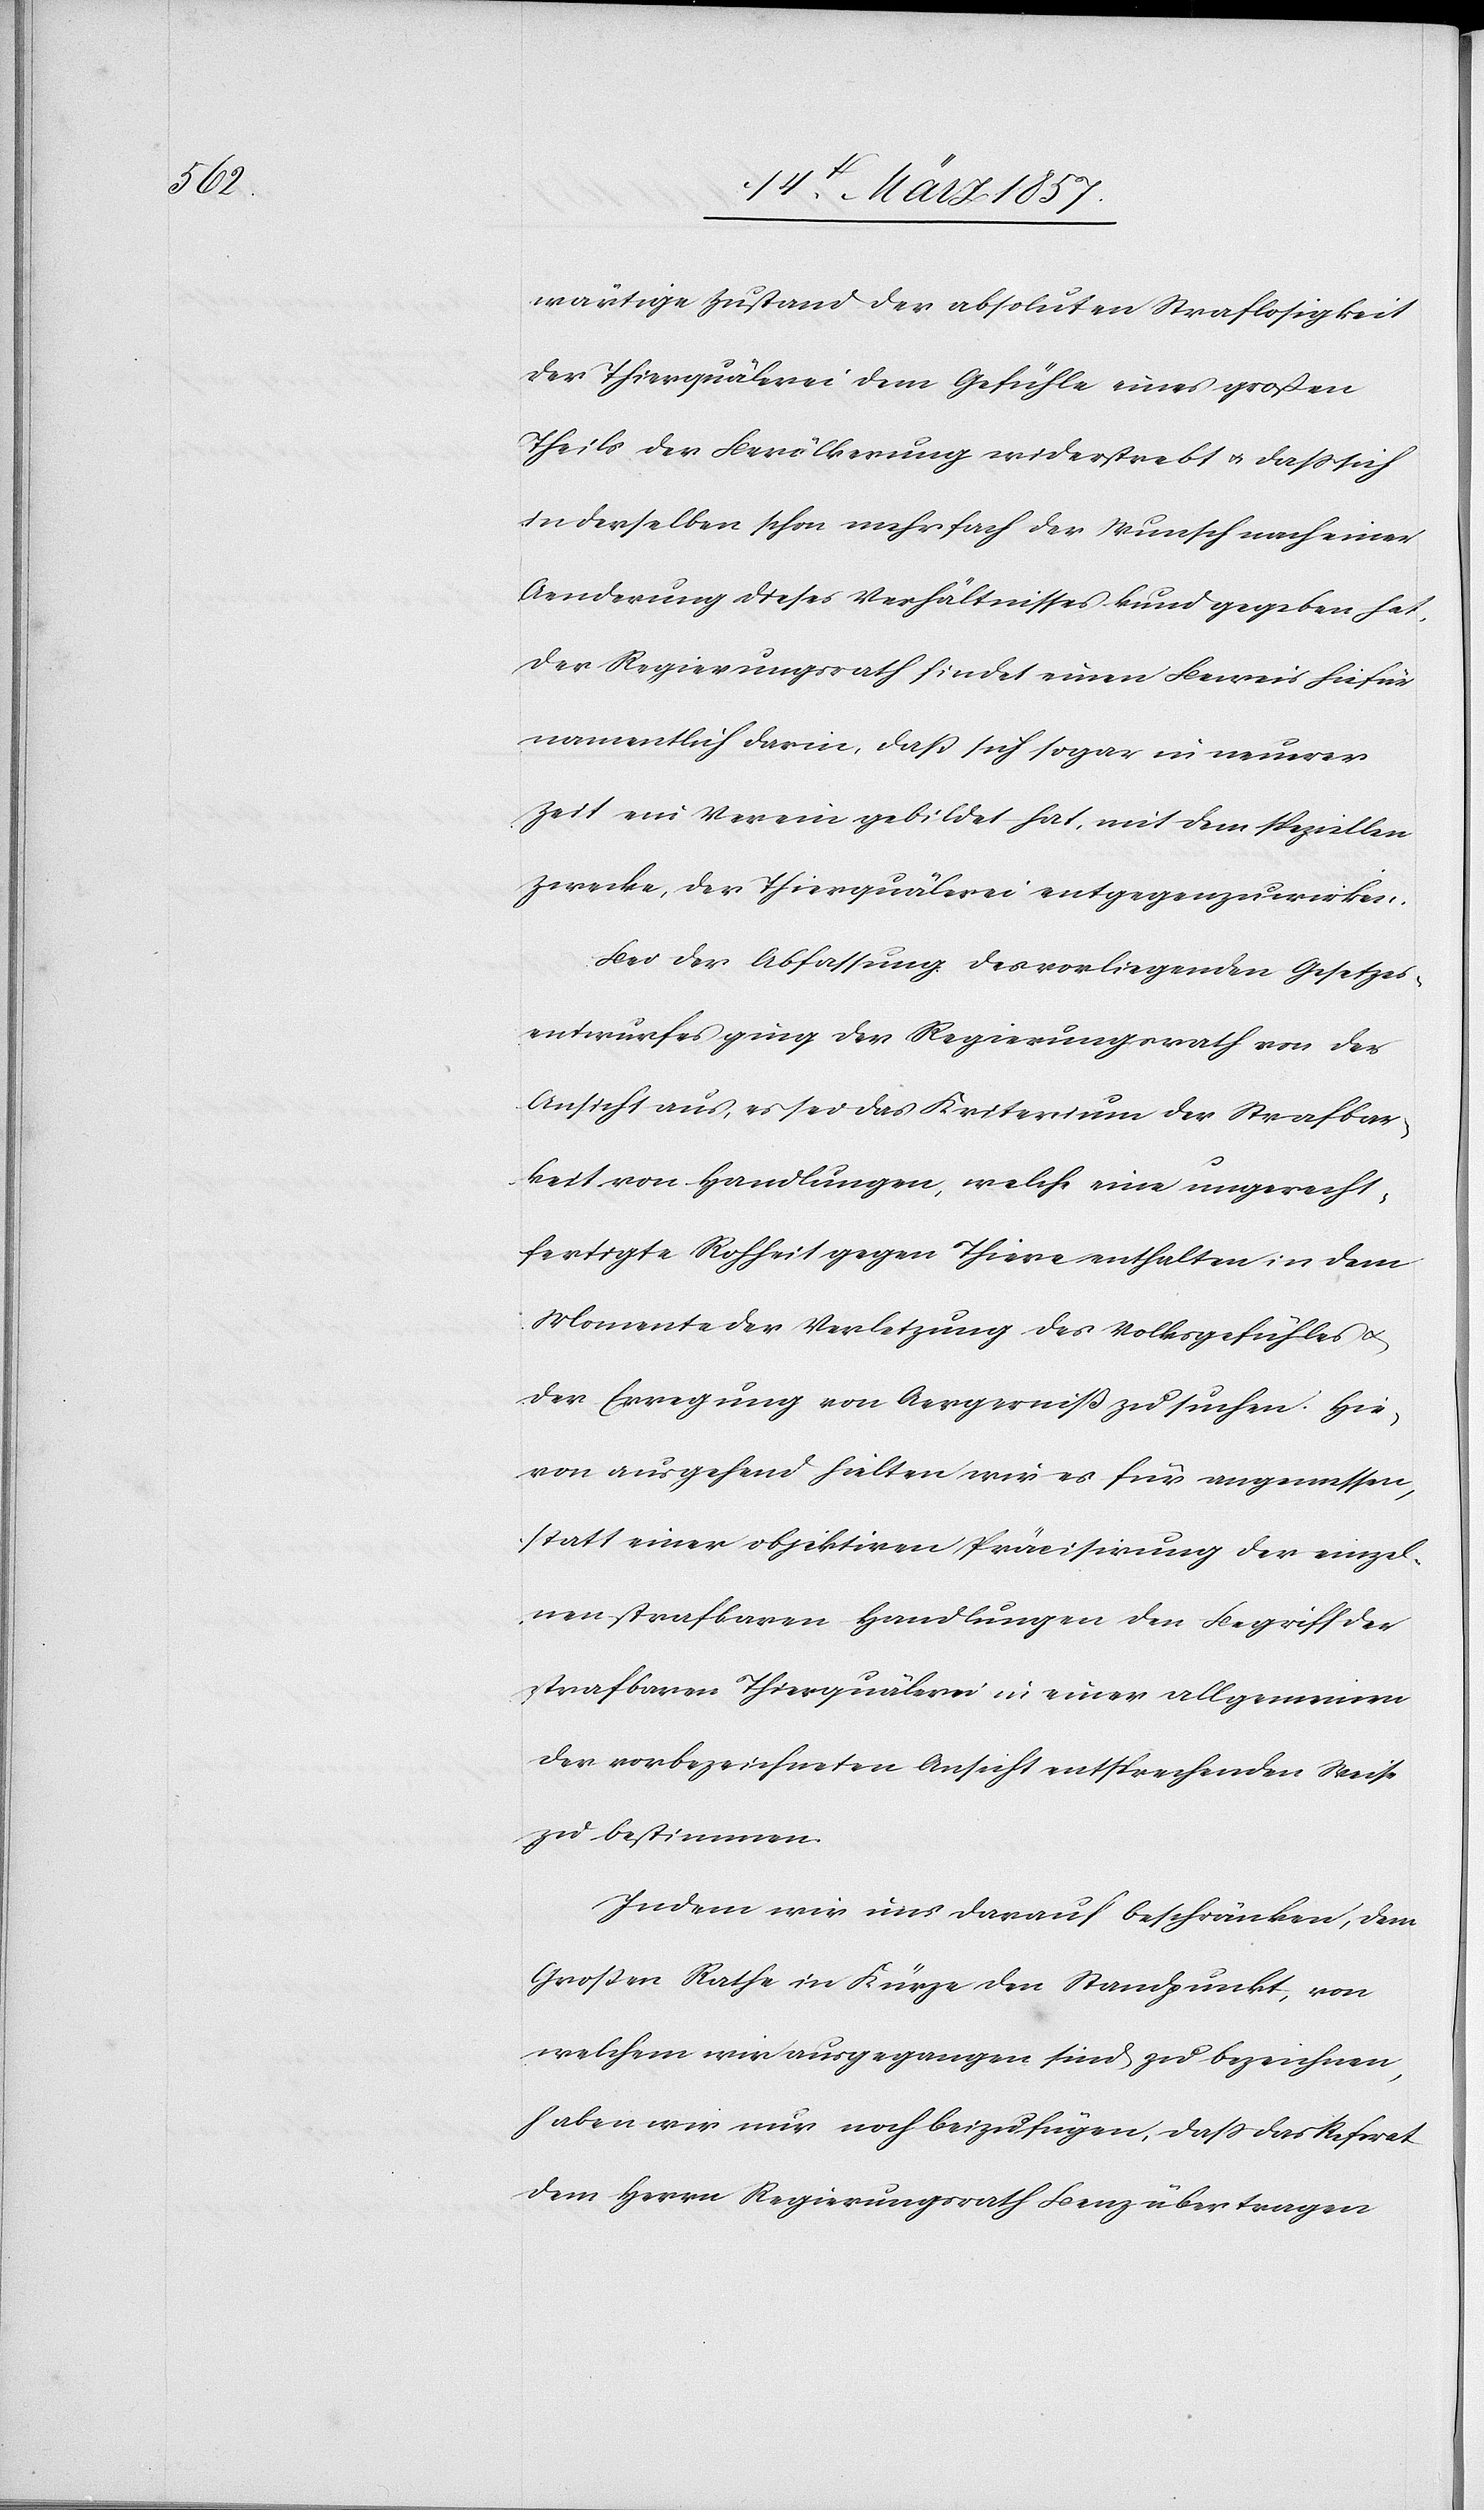
wärtige Zustand der absoluten Straflosigkeit
der Thierquälerei dem Gefühle eines großen
Theils der Bevölkerung widerstrebt u. daß sich
in derselben schon mehrfach der Wunsch nach einer
Aenderung dieses Verhältnisses kund gegeben hat,
der Regierungsrath findet einen Beweis hiefür
namentlich darin, daß sich sogar in neuerer
Zeit ein Verein gebildet hat, mit dem speziellen
Zwecke, der Thierquälerei entgegenzuwirken.
Bei der Abfassung des vorliegenden Gesetzes¬
entwurfes ging der Regierungsrath von der
Ansicht aus, es sei das Kriterium der Strafbar¬
keit von Handlungen, welche eine ungerecht¬
fertigte Rohheit gegen Thiere enthalten in dem
Momente der Verletzung des Volksgefühles u.
der Erregung von Aergerniß zu suchen. Hie¬
von ausgehend hielten wir es für angemessen,
statt einer objektiven Präcisirung der einzel¬
nen strafbaren Handlungen den Begriff der
strafbaren Thierquälerei in einer allgemeinen
der vorbezeichneten Ansicht entsprechenden Weise
zu bestimmen.
Indem wir uns darauf beschränken, dem
Großen Rathe in Kürze den Standpunkt, von
welchem wir ausgegangen sind zu bezeichnen,
haben wir nur noch beizufügen, daß das Referat
dem Herrn Regierungsrath Benz übertragen